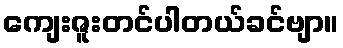
ကျေးဇူးတင်ပါတယ်ခင်ဗျာ။